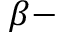
\beta -